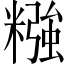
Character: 糨